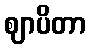
ဈာပိတာ